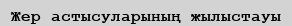
Жер астысуларының жылыстауы